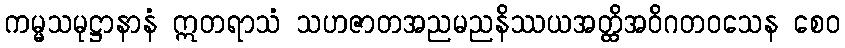
ကမ္မသမုဋ္ဌာနာနံ ဣတရာသံ သဟဇာတအညမညနိဿယအတ္ထိအဝိဂတဝသေန စေဝ